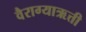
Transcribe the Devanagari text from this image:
वैराग्याऋत्ती